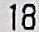
18